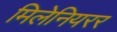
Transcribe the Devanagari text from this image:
मिलेनियरर